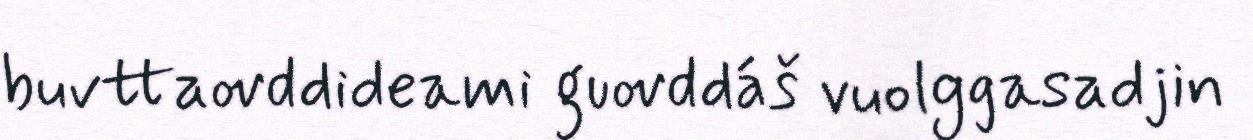
buvttaovddideami guovddáš vuolggasadjin